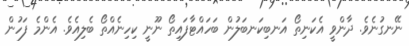
ނޭނގުނެވެ. ދާންވީ އެކަނިތޯ އަނބިކަނބަލުން ބަހައްޓާފައިތޯ ނޫނީ ކިހިނެއްތޯ ބެލިއެވެ. އެންމެ ފަހުން